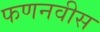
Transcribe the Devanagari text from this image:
फणनवीस